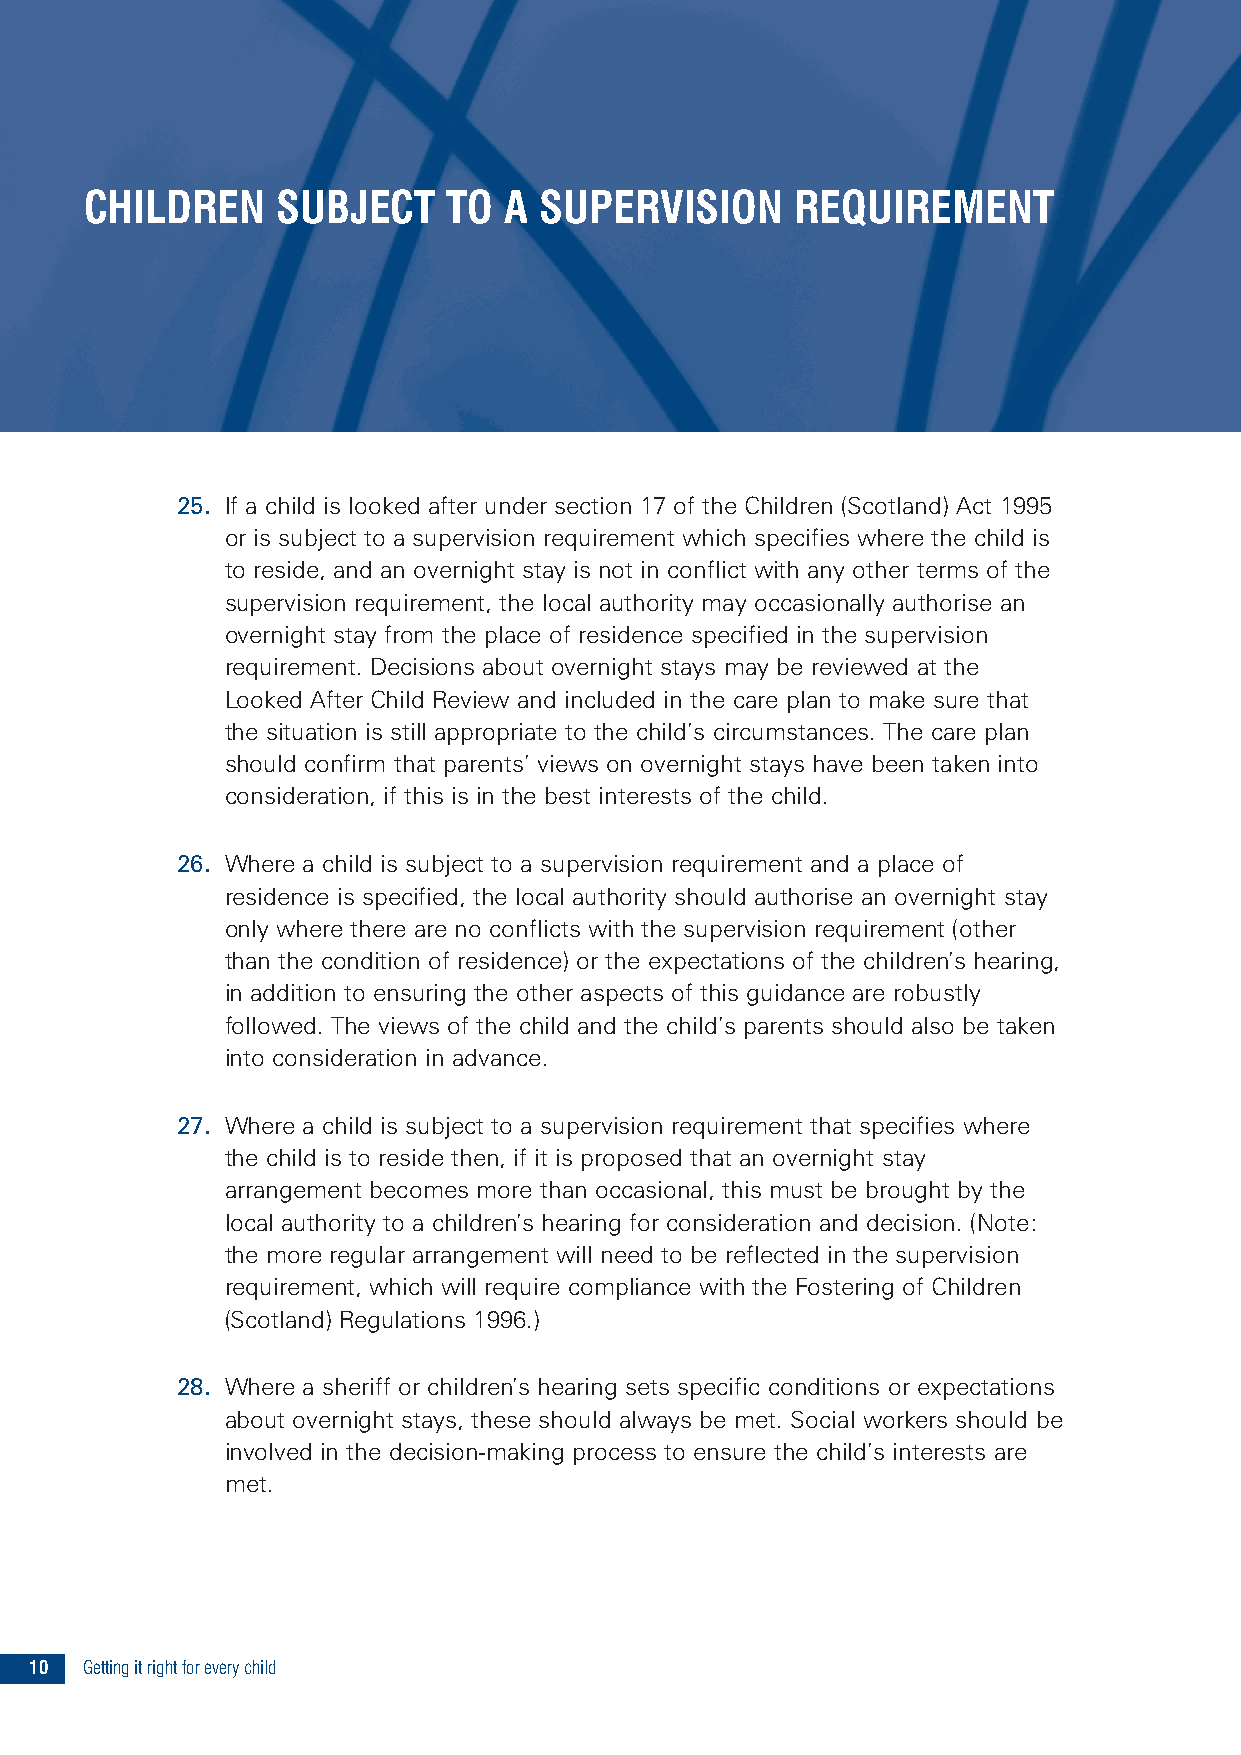
CHILDREN    SUBJECT     TO A  SUPERVISION      REQUIREMENT
 25. If a child is looked after under section 17 of the Children (Scotland) Act 1995
 or is subject to a supervision requirement which specifies where the child is
 to reside, and an overnight stay is not in conflict with any other terms of the
 supervision requirement, the local authority may occasionally authorise an
 overnight stay from the place of residence specified in the supervision
 requirement. Decisions about overnight stays may be reviewed at the
 Looked After Child Review and included in the care plan to make sure that
 the situation is still appropriate to the child’s circumstances. The care plan
 should confirm that parents’ views on overnight stays have been taken into
 consideration, if this is in the best interests of the child.
 26. Where a child is subject to a supervision requirement and a place of
 residence is specified, the local authority should authorise an overnight stay
 only where there are no conflicts with the supervision requirement (other
 than the condition of residence) or the expectations of the children’s hearing,
 in addition to ensuring the other aspects of this guidance are robustly
 followed. The views of the child and the child’s parents should also be taken
 into consideration in advance.
 27. Where a child is subject to a supervision requirement that specifies where
 the child is to reside then, if it is proposed that an overnight stay
 arrangement becomes more than occasional, this must be brought by the
 local authority to a children’s hearing for consideration and decision. (Note:
 the more regular arrangement will need to be reflected in the supervision
 requirement, which will require compliance with the Fostering of Children
 (Scotland) Regulations 1996.)
 28. Where a sheriff or children’s hearing sets specific conditions or expectations
 about overnight stays, these should always be met. Social workers should be
 involved in the decision-making process to ensure the child’s interests are
 met.
 10 Gettingitrightforeverychild